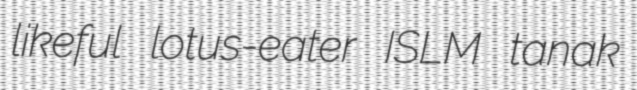
likeful lotus-eater ISLM tanak